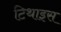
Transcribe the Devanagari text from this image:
टिथाइस